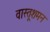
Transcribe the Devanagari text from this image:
वास्तूशमन